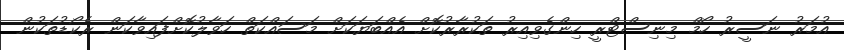
އުމަރު ނަސީރު ހޯމް މިނިސްޓްރީ ހިންގެވިއިރު ތަކުރާރުކޮށް އެއްބަޔަކަށް މަސައްކަތް ހަވާލުކޮށްފައިވާކަން ރެކޯޑުތަކުން